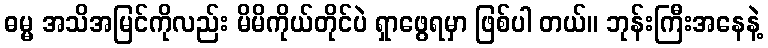
ဓမ္မ အသိအမြင်ကိုလည်း မိမိကိုယ်တိုင်ပဲ ရှာဖွေရမှာ ဖြစ်ပါ တယ်။ ဘုန်းကြီးအနေနဲ့